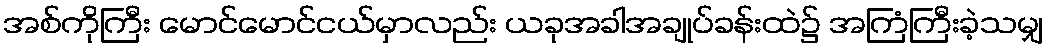
အစ်ကိုကြီး မောင်မောင်ငယ်မှာလည်း ယခုအခါအချုပ်ခန်းထဲ၌ အကြံကြီးခဲ့သမျှ